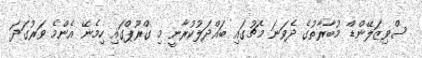
ސްވިޒަލޭންޑް މުބާރާތުގެ ދެވަނަ މެޗުގައި ބައްދަލުކުރާނީ މި ގްރޫޕްގައި ހިމެނޭ އެންމެ ވަރުގަދަ